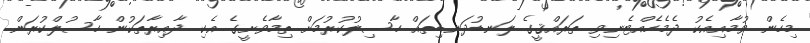
މިހެން ވުމާއިއެކު ދެމެހެއްޓެނިވި ތަރައްޤީގެ ލަނޑުދަނޑިތައް ހާސިލުކުރުމަށް ތިމާވެށީގެ އެކި ދާއިރާތަކުން ހާސުލްކުރަން